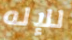
للإله